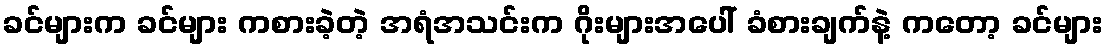
ခင်များက ခင်များ ကစားခဲ့တဲ့ အရံအသင်းက ဂိုးများအပေါ် ခံစားချက်နဲ့ ကတော့ ခင်များ